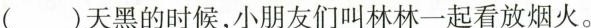
()天黑的时候，小朋友们叫林林一起看放烟火。